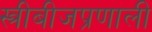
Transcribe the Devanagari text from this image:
स्त्रीबीजप्रणाली